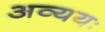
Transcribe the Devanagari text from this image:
अव्ययः